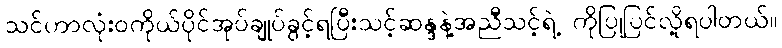
သင်ဟာလုံးဝကိုယ်ပိုင်အုပ်ချုပ်ခွင့်ရပြီးသင့်ဆန္ဒနဲ့အညီသင့်ရဲ့ ကိုပြုပြင်လို့ရပါတယ်။